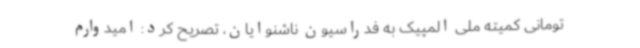
تومانی کمیته ملی المپیک به فدراسیون ناشنوایان، تصریح کرد: امیدوارم